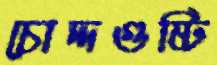
চোদ্দগুষ্টি